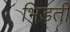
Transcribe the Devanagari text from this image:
भिड़ती